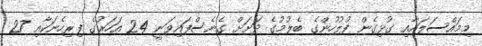
މިމައްސަލައާއި ގުޅިގެން ފުލުހުންގެ ބެލުމުގެ ދަށަށް ގެނެސްފައިވަނީ 24 އަހަރުގެ ފިރިހެނަކާއި 27